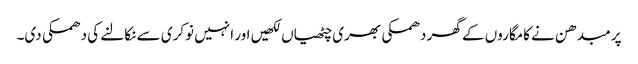
پرمبدھن نے کامگاروں کے گھر دھمکی بھری چٹھیاں لکھیں اور انہیں نوکری سے نکالنے کی دھمکی دی۔